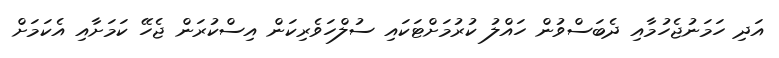
އަދި ހަމަނުޖެހުމާއި ދެބަސްވުން ހައްލު ކުރުމަށްޓަކައި ސުލްހަވެރިކަން އިސްކުރަން ޖެހޭ ކަމަށާއި އެކަމަށް